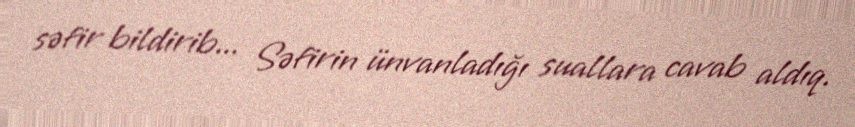
səfir bildirib... Səfirin ünvanladığı suallara cavab aldıq.